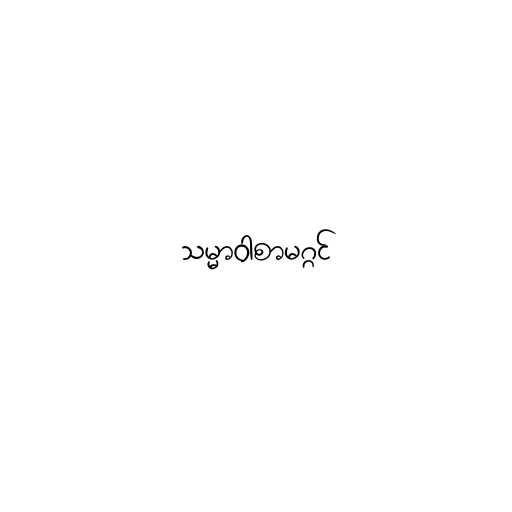
သမ္မာဝါစာမဂ္ဂင်